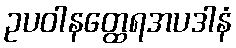
ဥပဝါနတ္ထေရအပဒါနံ